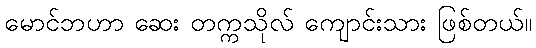
မောင်ဘဟာ ဆေး တက္ကသိုလ် ကျောင်းသား ဖြစ်တယ်။